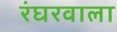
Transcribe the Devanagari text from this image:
रंघरवाला